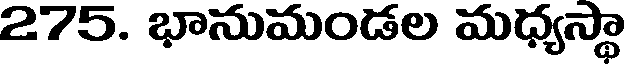
275. భానుమండల మధ్యస్థా